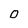
Character: 0